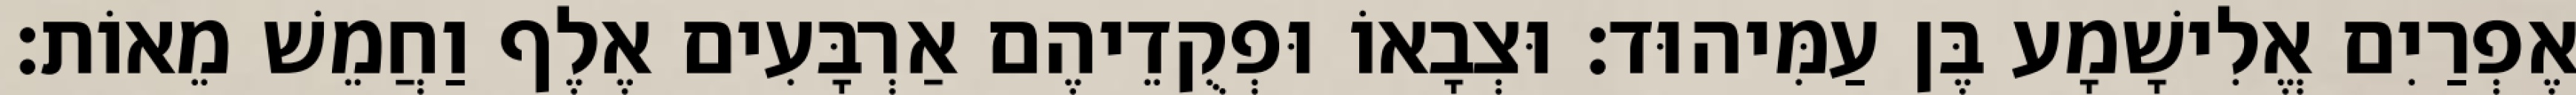
אֶפְרַיִם אֱלִישָׁמָע בֶּן עַמִּיהוּד׃ וּצְבָאוֹ וּפְקֻדֵיהֶם אַרְבָּעִים אֶלֶף וַחֲמֵשׁ מֵאוֹת׃